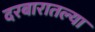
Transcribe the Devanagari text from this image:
दरबारातल्या